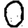
Digit: 0